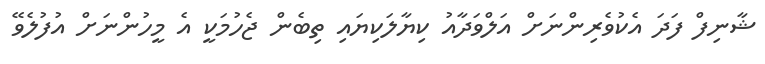
ޝާނިފް ފަދަ އެކުވެރިންނަށް އަލްވަދާއު ކިޔާލަކިޔައި ތިބެން ޖެހުމަކީ އެ މީހުންނަށް އުފުލެވޭ